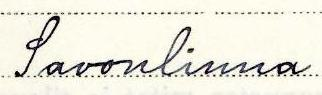
Savonlinna